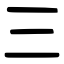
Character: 三